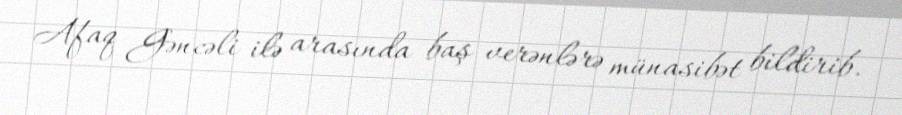
Afaq Gəncəli ilə arasında baş verənlərə münasibət bildirib.